Report on the working of the mental hospitals for Indians in Bihar and Orissa - 1925-1929
Year: 1925
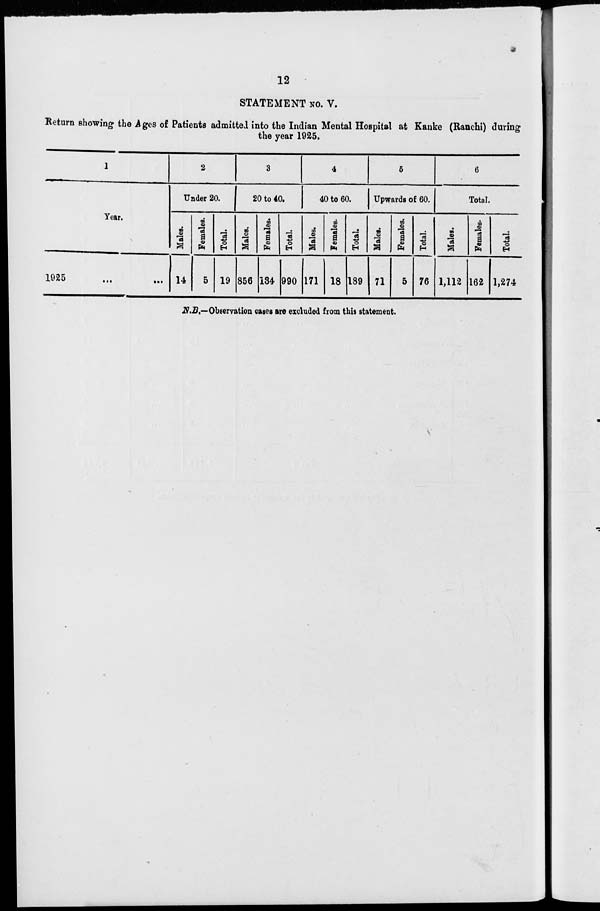
12
STATEMENT No. V.
Return showing the Ages of Patients admitted into the Indian Mental Hospital at Kanke (Ranchi) during
the year 1925.
1
Year.
1925 ... ...
2
Under 20.
Males.
14
Females.
5
Total.
19
3
20 to 40.
Males.
856
Females.
134
Total.
990
4
40 to 60.
Males.
171
Females.
18
Total.
189
5
Upwards of 60.
Males.
71
Females.
5
Total.
76
6
Total.
Males.
1,112
Females.
162
Total.
1,274
N.B.—Observation cases are excluded from this statement.